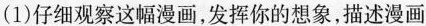
(1)仔细观察这幅漫画，发挥你的想象，描述漫画